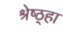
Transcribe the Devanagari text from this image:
श्रेष्ठ्हा